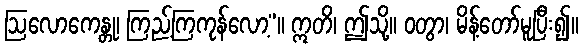
ဩလောကေန္တု၊ ကြည့်ကြကုန်လော့”။ ဣတိ၊ ဤသို့။ ဝတွာ၊ မိန့်တော်မူပြီး၍။